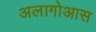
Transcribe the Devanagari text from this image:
अलागोआस